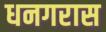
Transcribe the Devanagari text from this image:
धनगरास